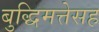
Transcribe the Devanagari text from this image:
बुद्धिमत्तेसह